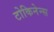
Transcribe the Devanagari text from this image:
टोकिनेन्स